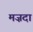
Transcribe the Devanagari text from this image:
मज़दा